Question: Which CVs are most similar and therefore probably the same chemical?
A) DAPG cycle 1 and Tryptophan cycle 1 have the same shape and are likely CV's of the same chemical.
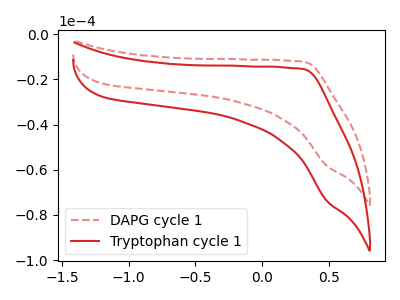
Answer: <think>The red dashed curve "DAPG cycle 1" has no peaks. The red curve "Tryptophan cycle 1" has no peaks.
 Neither "DAPG cycle 1" or "Tryptophan cycle 1" have any peaks.</think>
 <answer>A) "DAPG cycle 1" and "Tryptophan cycle 1" have the same shape and are likely CV's of the same chemical.</answer>
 <eval>A</eval>